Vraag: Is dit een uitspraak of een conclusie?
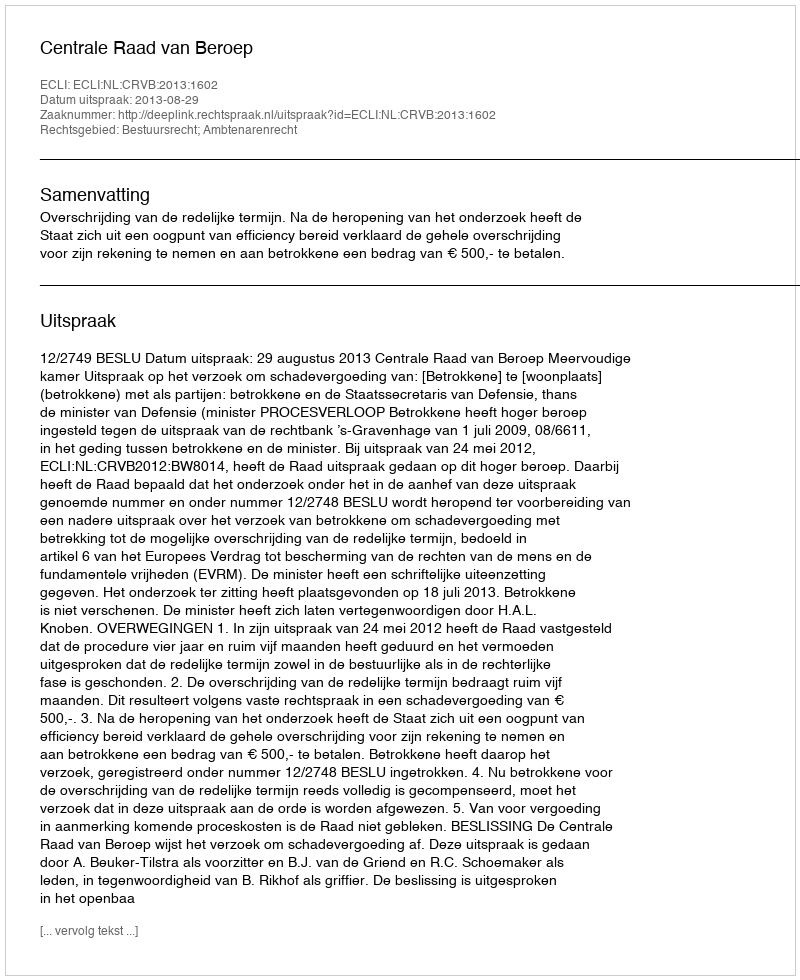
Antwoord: Uitspraak